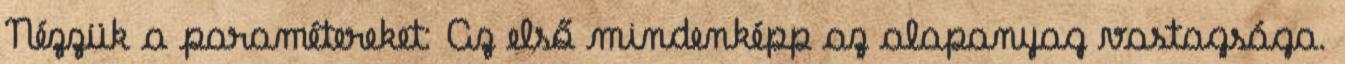
Nézzük a paramétereket: Az első mindenképp az alapanyag vastagsága.